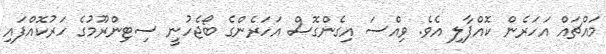
މައްޗައް އަހަރެން ކޮއްޕާލި އެވެ. ވިއްސަ އިގެންގޮސް އަހަރެންގެ ބޯޖެހުނީ ސިޓިންރޫމުގެ ހަރުކޮއްފައި